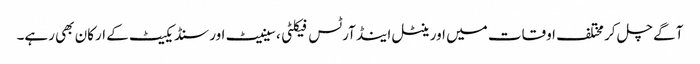
آگے چل کر مختلف اوقات میں اورینٹل اینڈ آرٹس فیکلٹی، سینیٹ اور سنڈیکیٹ کے ارکان بھی رہے۔